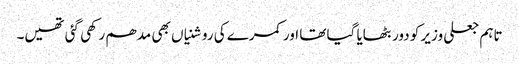
تاہم جعلی وزیر کو دور بٹھایا گیا تھا اور کمرے کی روشنیاں بھی مدھم رکھی گئی تھیں۔